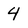
Character: 4